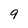
Character: 9